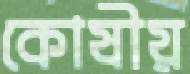
কোষীয়